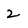
Character: 2